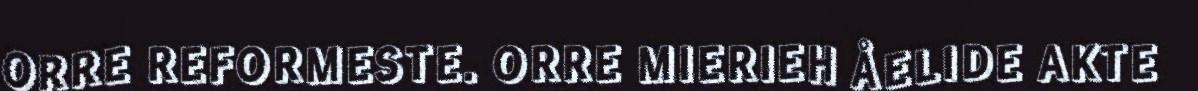
ORRE REFORMESTE. ORRE MIERIEH ÅELIDE AKTE